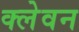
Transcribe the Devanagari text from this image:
क्लेवन